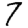
Digit: 7